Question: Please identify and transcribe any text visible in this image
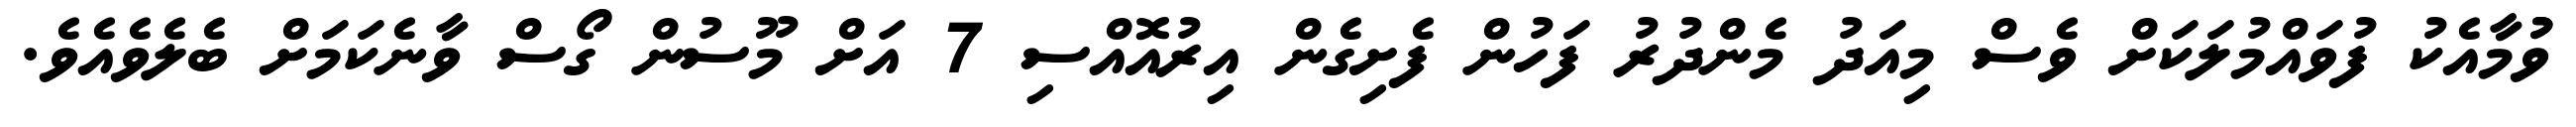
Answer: ވުުމާއެކު ފުވައްމުލަކަށް ވެސް މިއަދު މެންދުރު ފަހުން ފެށިގެން އިރުއޮއްސި 7 އަށް މޫސުން ގޯސް ވާނެކަމަށް ބެލެވެއެވެ.